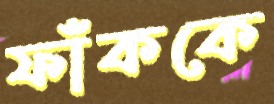
ফাঁককে